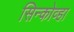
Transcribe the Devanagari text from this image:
सिन्कोव्हा